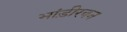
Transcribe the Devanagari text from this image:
भांड़ीरवन